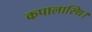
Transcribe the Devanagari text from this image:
कपालास्थि।